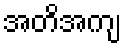
အတိအကျ